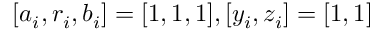
[ a _ { i } , r _ { i } , b _ { i } ] = [ 1 , 1 , 1 ] , [ y _ { i } , z _ { i } ] = [ 1 , 1 ]